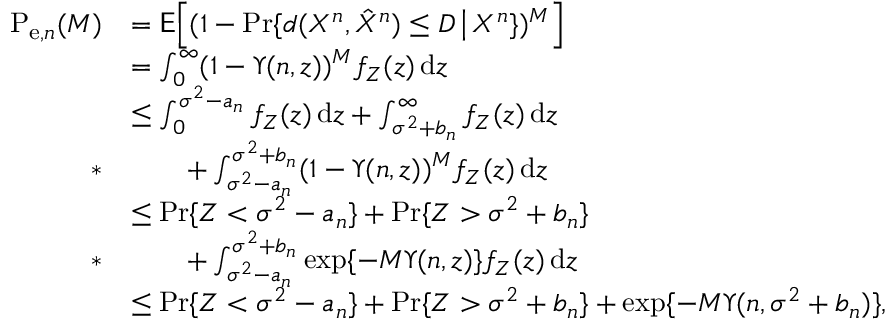
\begin{array} { r l } { \mathrm { P } _ { \mathrm { e } , n } ( M ) } & { = \mathsf { E } \Big [ ( 1 - \operatorname* { P r } \{ d ( X ^ { n } , \hat { X } ^ { n } ) \leq D \, \big | \, X ^ { n } \} ) ^ { M } \Big ] } \\ & { = \int _ { 0 } ^ { \infty } ( 1 - \Upsilon ( n , z ) ) ^ { M } f _ { Z } ( z ) \, \mathrm { d } z } \\ & { \leq \int _ { 0 } ^ { \sigma ^ { 2 } - a _ { n } } f _ { Z } ( z ) \, \mathrm { d } z + \int _ { \sigma ^ { 2 } + b _ { n } } ^ { \infty } f _ { Z } ( z ) \, \mathrm { d } z } \\ { * } & { \qquad + \int _ { \sigma ^ { 2 } - a _ { n } } ^ { \sigma ^ { 2 } + b _ { n } } ( 1 - \Upsilon ( n , z ) ) ^ { M } f _ { Z } ( z ) \, \mathrm { d } z } \\ & { \leq \operatorname* { P r } \{ Z < \sigma ^ { 2 } - a _ { n } \} + \operatorname* { P r } \{ Z > \sigma ^ { 2 } + b _ { n } \} } \\ { * } & { \qquad + \int _ { \sigma ^ { 2 } - a _ { n } } ^ { \sigma ^ { 2 } + b _ { n } } \exp \{ - M \Upsilon ( n , z ) \} f _ { Z } ( z ) \, \mathrm { d } z } \\ & { \leq \operatorname* { P r } \{ Z < \sigma ^ { 2 } - a _ { n } \} + \operatorname* { P r } \{ Z > \sigma ^ { 2 } + b _ { n } \} + \exp \{ - M \Upsilon ( n , \sigma ^ { 2 } + b _ { n } ) \} , } \end{array}